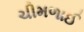
ચીમળાઈ